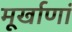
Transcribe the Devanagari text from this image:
मूर्खाणां